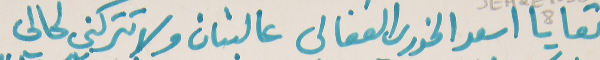
تعا يا اسعد الخوري الفغالي   عالبنان ولا تتركني لحالي